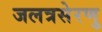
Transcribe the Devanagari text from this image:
जलत्रसेरणु